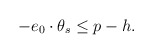
\begin{align*}-e_0\cdot \theta _s\leq p-h. \end{align*}